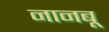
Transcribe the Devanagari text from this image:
नानबू